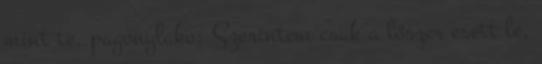
mint te. pagonylako: Szerintem csak a lőszer esett le,